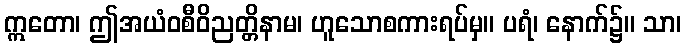
ဣတော၊ ဤအယံဝစီဝိညတ္တိနာမ၊ ဟူသောစကားရပ်မှ။ ပရံ၊ နောက်၌။ သာ၊